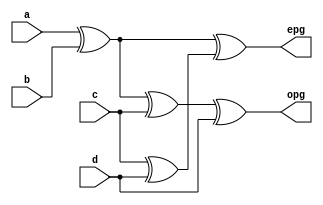
module even_odd_pg(epg,opg,a,b,c,d);
  input a,b,c,d;
  output epg,opg;
  wire g1,g2,p1;
  xor (g1,a,b);
  xor (g2,c,d);
  xor (epg,g1,g2);
  xor (p1,g1,c);
  xor(opg,p1,d);
endmodule